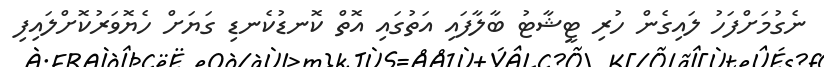
ނެގުމަށްފަހު ލައިގެން ހުރި ޓީޝާޓު ބާލާފައި އަތުގައި އޮތް ކޮނޑުކެނޑި ގަޔަށް ހެޔޮވަރުކޮށްލައިފި